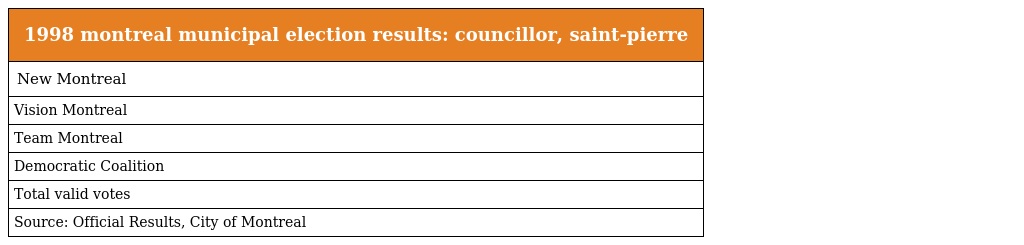
| 1998 montreal municipal election results: councillor, saint-pierre |
 | --- |
 | New Montreal |
 | Vision Montreal |
 | Team Montreal |
 | Democratic Coalition |
 | Total valid votes |
 | Source: Official Results, City of Montreal |